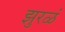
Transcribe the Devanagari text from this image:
झुरळं